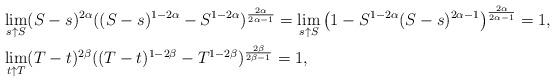
LaTeX: \begin{align*} & \lim_{s\uparrow S} (S-s)^{2\alpha}((S-s)^{1-2\alpha} - S^{1-2\alpha})^{\frac{2\alpha}{2\alpha-1}} = \lim_{s\uparrow S} \left(1- S^{1-2\alpha}(S-s)^{2\alpha - 1} \right)^{\frac{2\alpha}{2\alpha-1}} = 1, \\ &\lim_{t\uparrow T} (T-t)^{2\beta}((T-t)^{1-2\beta} - T^{1-2\beta})^{\frac{2\beta}{2\beta-1}} = 1, \end{align*}